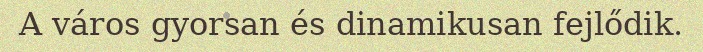
A város gyorsan és dinamikusan fejlődik.